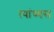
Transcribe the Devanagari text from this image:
त्यांच्यस